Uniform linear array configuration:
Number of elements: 12
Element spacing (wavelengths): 0.25
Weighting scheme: kaiser
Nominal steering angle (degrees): -45
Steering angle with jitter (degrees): -43.035
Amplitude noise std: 0.05
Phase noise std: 0.05

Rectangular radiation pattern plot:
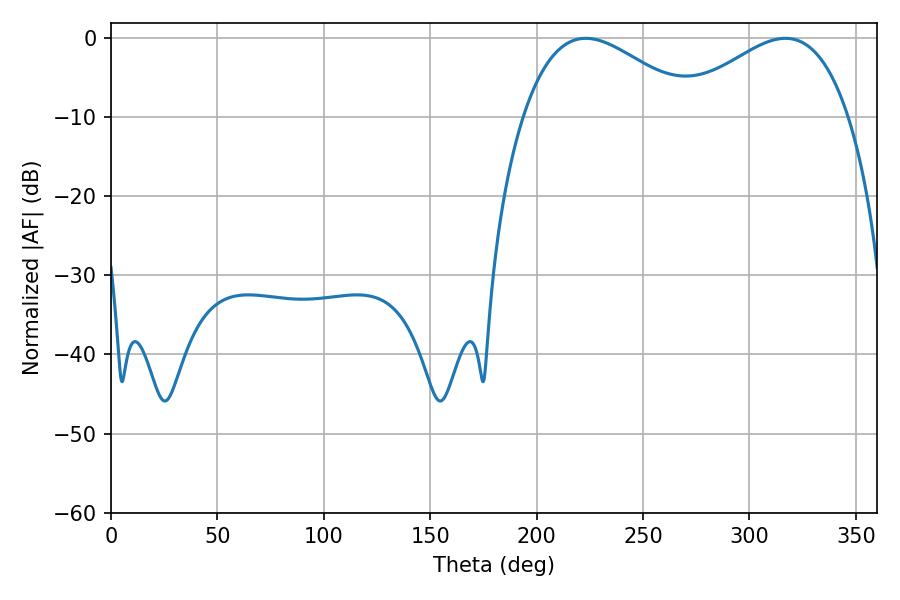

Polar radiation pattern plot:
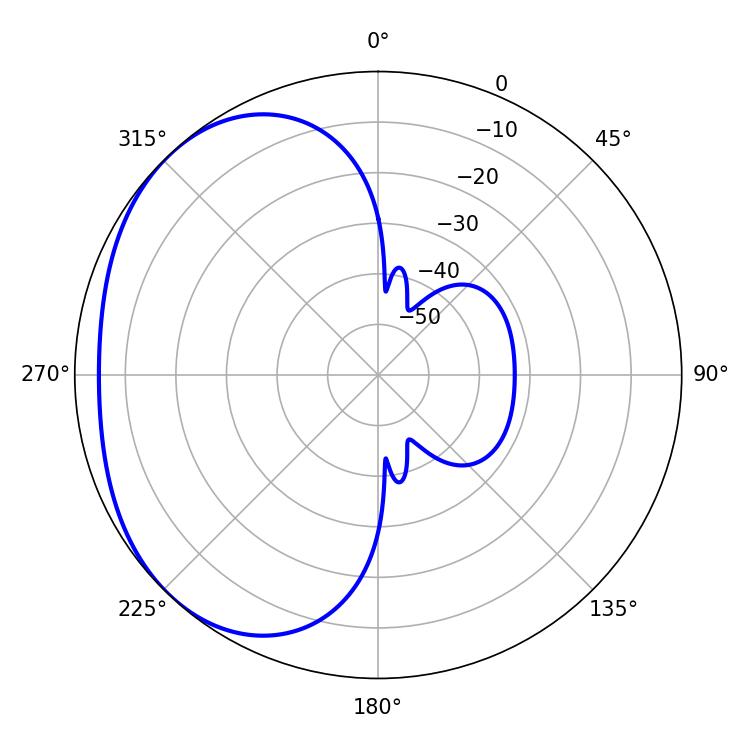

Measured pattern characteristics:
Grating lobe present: FALSE
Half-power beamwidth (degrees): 43.92
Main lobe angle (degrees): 316.98